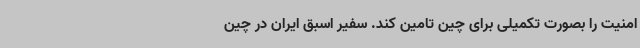
امنیت را بصورت تکمیلی برای چین تامین کند. سفیر اسبق ایران در چین